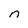
Character: n